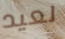
لعيد